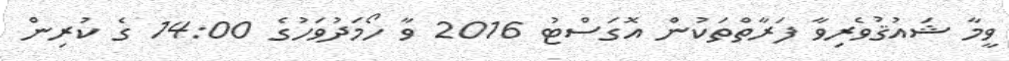
ވީމާ ޝައުޤުވެރިވާ ފަރާތްތަކުން އޮގަސްޓު 2016 ވާ ހޯމަދުވަހުގެ 14:00 ގެ ކުރިން